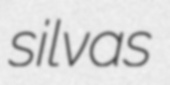
silvas